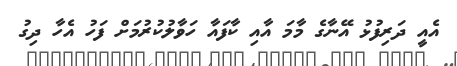
އެއީ ދަރިފުޅު އޭނާގެ މާމަ އާއި ކާފައާ ހަވާލުކުރުމަށް ފަހު އެހާ ދިގު